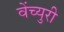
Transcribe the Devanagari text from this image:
वेंच्युरी